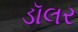
ડૉલર